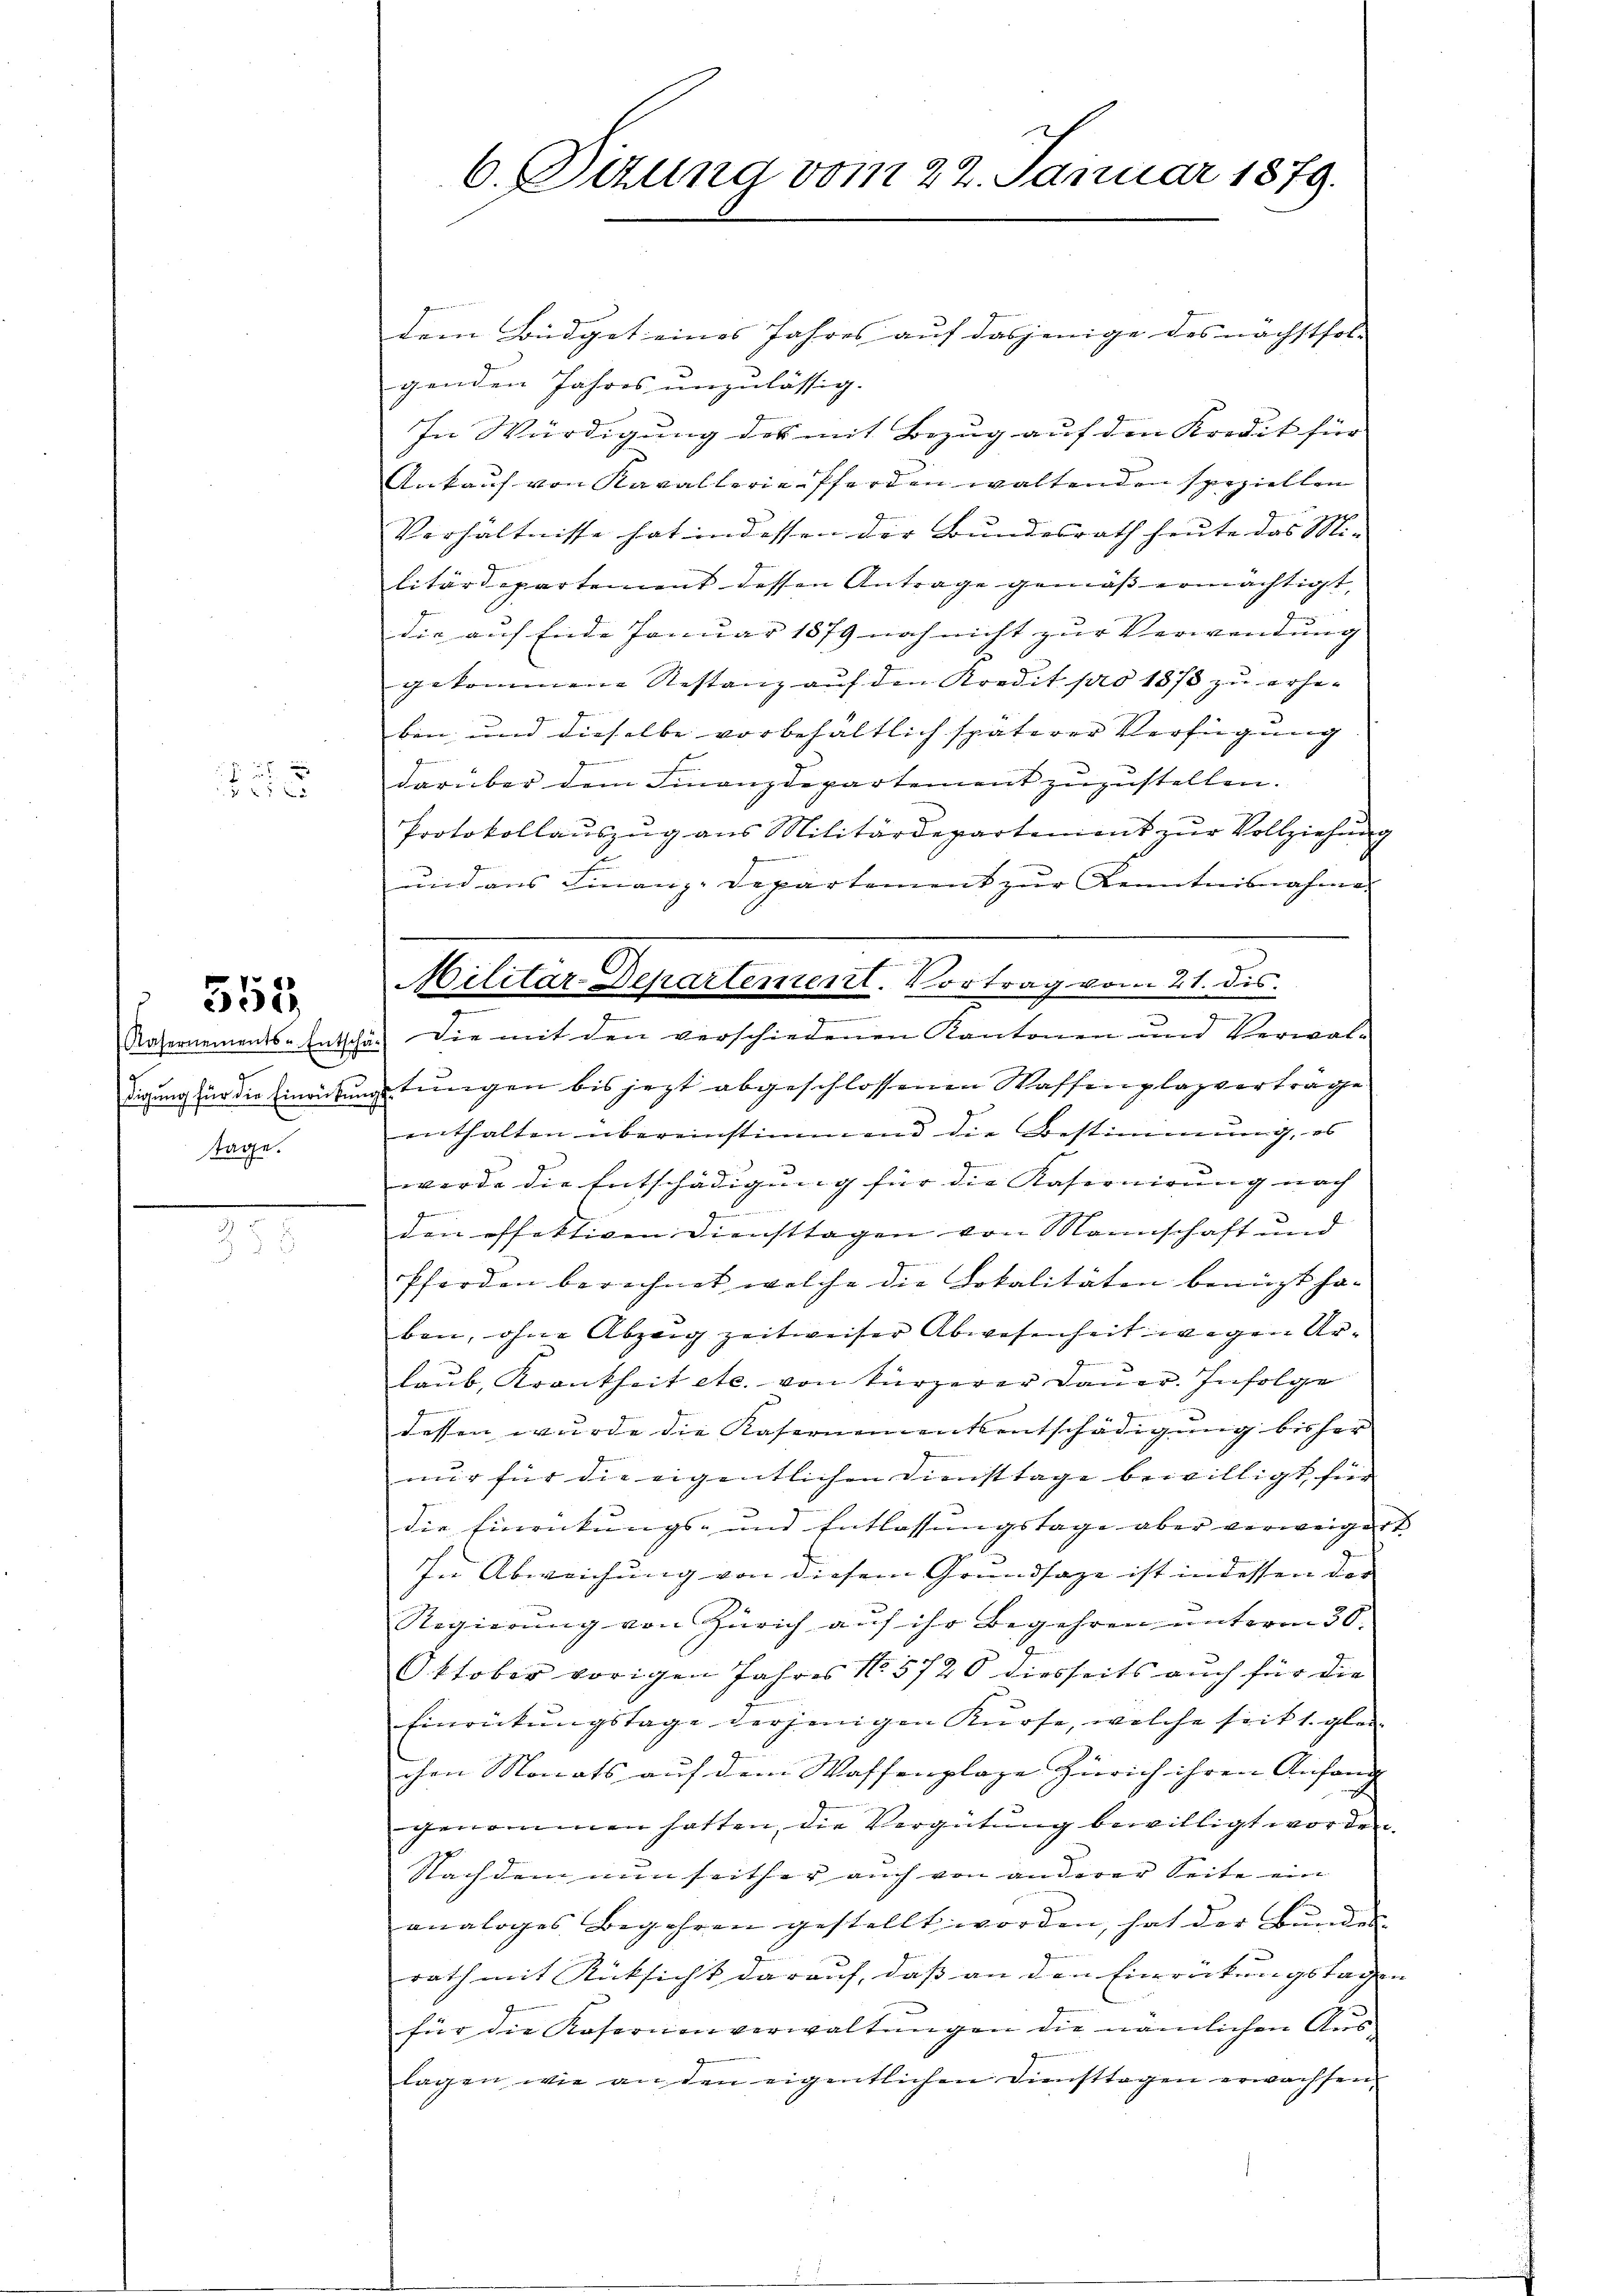
x

Kasernements-Entschä
digung für die Einrückung
tage.

555.

6. Sizung vom 22. Januar 1879.

dem Büdget eines Jahres auf dasjenige des nächstfol- |
genden Jahres unzulässig.
In Würdigung des mit Bezug auf den Kredit für |
Ankauf von Kavallerie-Pferden waltenden speziellen
Verhältnisse hat in dessen der Bundesrath heute das Mi-
litärdepartement dessen Antrage gemäß ermächtigt,
die auf Ende Januar 1879 noch nicht zur Verwendung
gekommene Restanz auf den Kredit pro 1873 zu erheben und dieselbe vorbehaltlich späterer Verfügung
J
Gemeine und in we
darüber dem Finanzdepartement zuzustellen.
Protokollaŭszŭg ans Militärdepartement zŭr Vollziehŭng
E
und aus Finanz-Departement zur Kenntnisnahme.
e
 Die mit den verschiedenen Kantonen und Verwal-
etungen bis jezt abgeschlossenen Waffenplazverträge
enthalten übereinstimmend die Bestimmung, es
werde die Entschädigung für die Kasernirung nach
ge
den offektiven Diensttagen von Mannschaft und
Pferden berechnet, welche die Lokalitäten benuzt haben, ohne Abzeig zeitweiser Abwesenheit wegen Urlaub, Krankheit etc. von kürzerer Dauer. Infolge
dessen wurde die Kasernementsentschädigung bisher
nur für die eigentlichen Dinsttage bewilligt, für
die Einrückungs- und Entlassungstage aber verweigert
In Abweichung von diesem Grundsatze ist indessen der
Regierung von Zürich auf ihr Begehren unterm 30.
Oktober vorigen Jahres No 5720 diesseits auch für die
Einrütŭngstage derjenigen Kürse, welche seit 1. glei
chen Monats auf dem Waffenplage Zürich ihren Anfang
genommen hatten, die Vergütung bewilligt worden.
Nachdem nun seither auch von anderer Seite ein
analoges Begehren gestellt worden, hat der Bundes
rath mit Rücksicht darauf, daß an den Einrückungstagen
für die Kasernenverwaltŭngen die nämlichen Aus-
lagen wie an den eigentlichen Diensttagen erwachsen.

Militar-Departement. Vortrag vom 21. dis